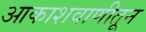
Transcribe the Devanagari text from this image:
आकाशवाणीतून